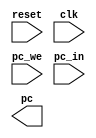
// FETCH UNIT

// The fetch unit is responsible for the program counter (PC) logic.
// It should:
// 1) set the PC to 16'h0000
// 2) set the PC to pc_in when pc_we is high
// 3) increment the PC by 1 otherwise

module fetch
(
 input 		   reset, clk,
 input 		   pc_we,
 input [15:0] 	   pc_in,
 output reg [15:0] pc
 );
   
endmodule // fetch